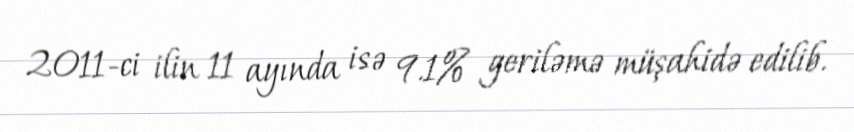
2011-ci ilin 11 ayında isə 9.1% geriləmə müşahidə edilib.